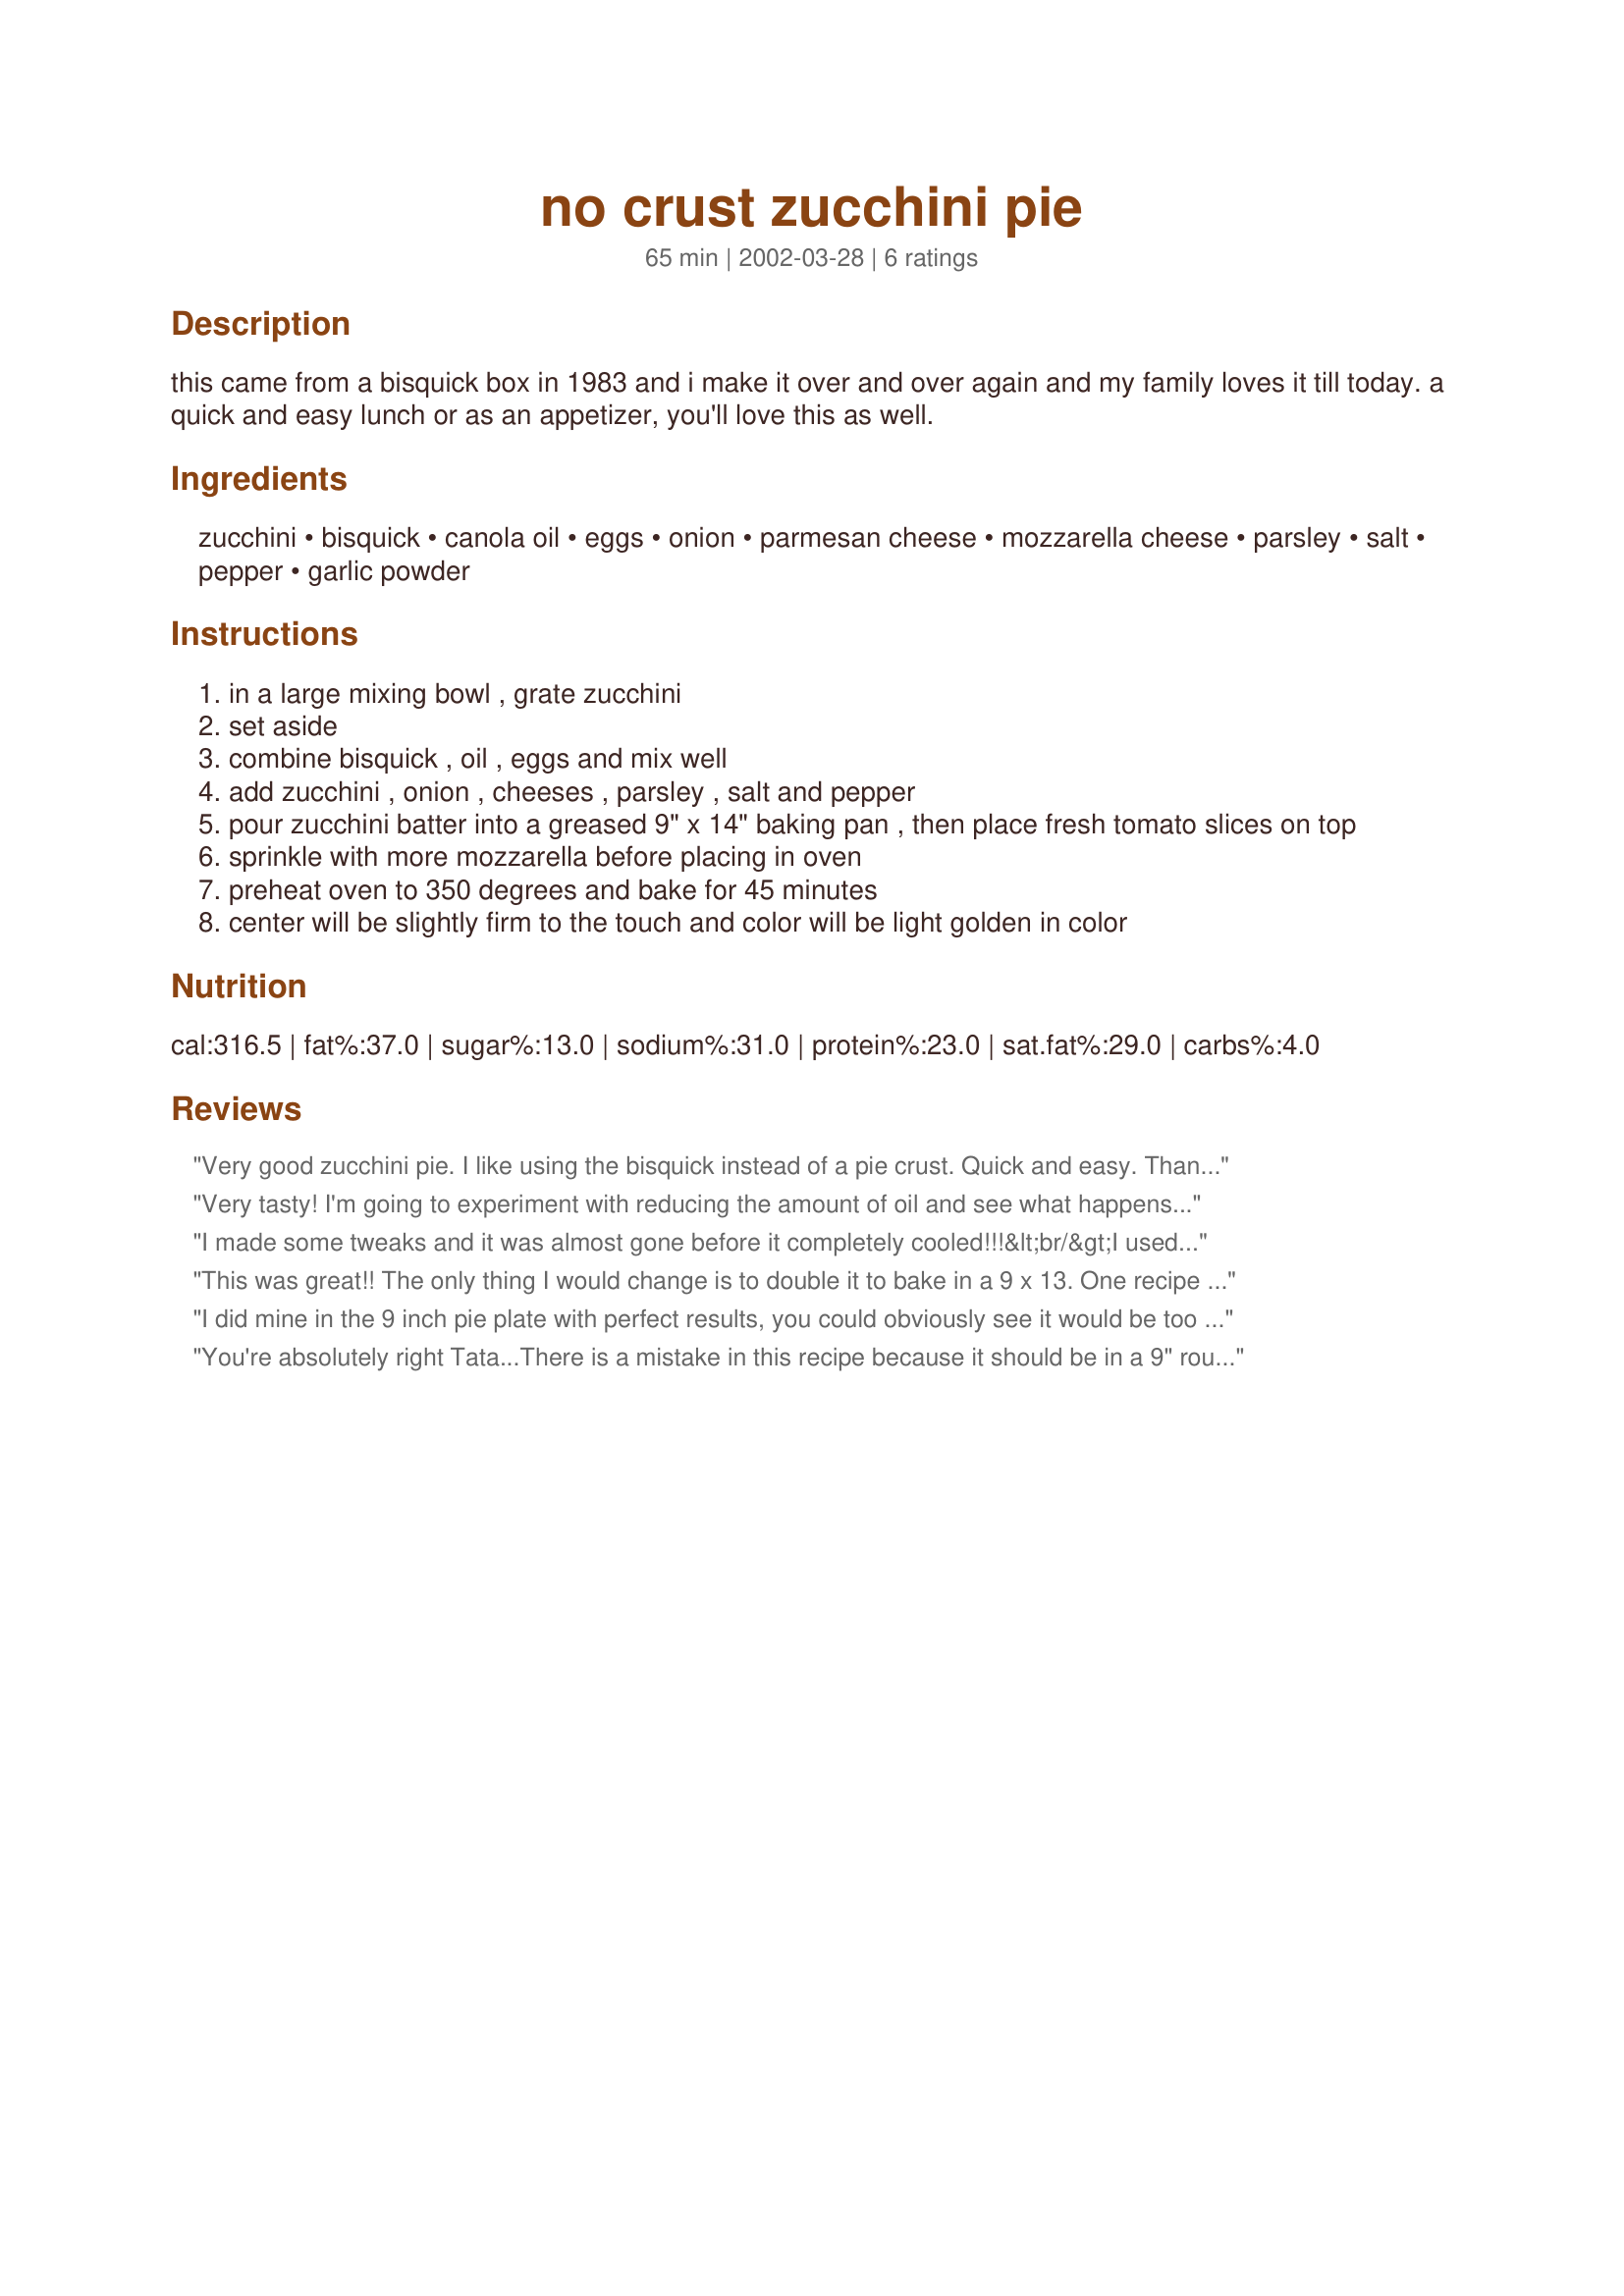
no crust zucchini pie
Preparation time: 65 minutes

this came from a bisquick box in 1983 and i make it over and over again and my family loves it till today. a quick and easy lunch or as an appetizer, you'll love this as well.

Ingredients:
zucchini, bisquick, canola oil, eggs, onion, parmesan cheese, mozzarella cheese, parsley, salt, pepper, garlic powder

Steps:
in a large mixing bowl , grate zucchini
set aside
combine bisquick , oil , eggs and mix well
add zucchini , onion , cheeses , parsley , salt and pepper
pour zucchini batter into a greased 9" x 14" baking pan , then place fresh tomato slices on top
sprinkle with more mozzarella before placing in oven
preheat oven to 350 degrees and bake for 45 minutes
center will be slightly firm to the touch and color will be light golden in color

Reviews:
Very good zucchini pie. I like using the bisquick instead of a pie crust. Quick and easy. Thanks for posting this recipe.
Very tasty! I'm going to experiment with reducing the amount of oil and see what happens...
I made some tweaks and it was almost gone before it completely cooled!!!&lt;br/&gt;I used 6 egges for a more quiche like consistency, 1 small grated potato to help bind the extra eggs and made my own &#039;Bisquick&#039; since I didn&#039;t have any on hand. I used an 8x8 pan and baked at 350 for 50 minutes. &lt;br/&gt;Going out to the garden to see if i have another zucchini to make another one!!! so so fluffy, golden and YUMMY!!!!!!!!
This was great!! The only thing I would change is to double it to bake in a 9 x 13. One recipe in the 9 x 13 made it awfully thin.
I did mine in the 9 inch pie plate with perfect results, you could obviously see it would be too thin for a 9x13. I lessened the zucchini to 2 cups and inserted a cup of ground beef to make and all in one meal. It would still be great with just the zucchini and even kids will never know it is in there. Great re-heated too!
You're absolutely right Tata...There is a mistake in this recipe because it should be in a 9" round pie plate. But I have made it in a rectangle when I used it as appetizers when you want it thin. I then cut it into approx. 1-1/2" squares, thinly slice a cherry tomato and chopped black olives. Thanks for trying it and I'm happy you liked it!
